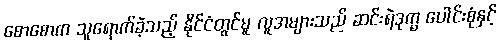
စောစောက သူရောက်ခဲ့သည့် နိုင်ငံတွင်မူ လူအများသည် ဆင်းရဲဒုက္ခ ပေါင်းစုံနှင့်